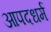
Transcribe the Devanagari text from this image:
आपदधर्म